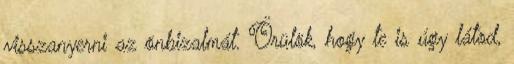
visszanyerni az önbizalmát. Örülök, hogy te is úgy látod,